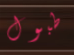
طبول